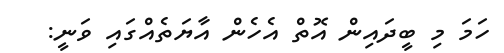
ހަމަ މި ބީދައިން އޮތް އެހެން އާޔަތެއްގައި ވަނީ: